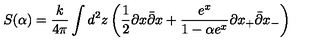
S ( \alpha ) = \frac { k } { 4 \pi } \int d ^ { 2 } z \left( \frac { 1 } { 2 } \partial x \bar { \partial } x + \frac { e ^ { x } } { 1 - \alpha e ^ { x } } \partial x _ { + } \bar { \partial } x _ { - } \right)